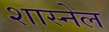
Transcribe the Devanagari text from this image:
शास्नेल